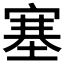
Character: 塞